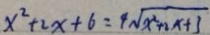
x ^ { 2 } + 2 x + 6 = 4 \sqrt { x ^ { 2 } + 2 x + 3 }